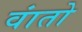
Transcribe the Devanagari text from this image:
वांतो